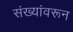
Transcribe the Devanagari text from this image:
संख्यांवरून